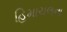
હિમાચલના